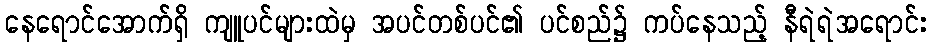
နေရောင်အောက်ရှိ ကျူပင်များထဲမှ အပင်တစ်ပင်၏ ပင်စည်၌ ကပ်နေသည့် နီရဲရဲအရောင်း